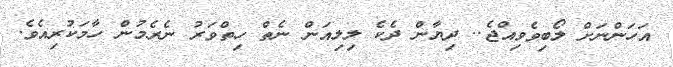
އަހަންނަށް ލޯބިވެެވިއްޖެ.. ދިޔާން ދެކެ ލިލިއަން ނެތް ހިތްވަރު ނެރެމުން ހާމަކުރިއެވެ.